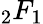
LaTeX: {_2F_{1}}